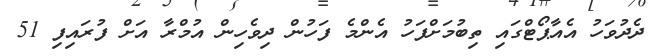
ދެދުވަހު އެއާޕޯޓްގައި ތިބުމަށްފަހު އެންމެ ފަހުން ދިވެހިން އުމްރާ އަށް ފުރައިފި 51